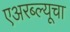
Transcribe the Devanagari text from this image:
एअरब्ल्यूचा